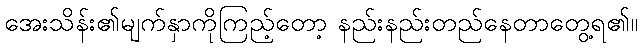
အေးသိန်း၏မျက်နှာကိုကြည့်တော့ နည်းနည်းတည်နေတာတွေ့ရ၏။